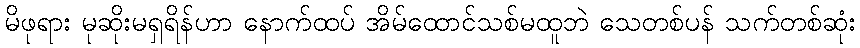
မိဖုရား မုဆိုးမရှရိန်ဟာ နောက်ထပ် အိမ်ထောင်သစ်မထူဘဲ သေတစ်ပန် သက်တစ်ဆုံး